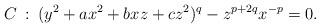
LaTeX: \begin{align*}C\::\:(y^2+ax^2+bxz+cz^2)^q-z^{p+2q}x^{-p}=0.\end{align*}